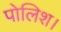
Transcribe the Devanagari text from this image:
पोलिश।